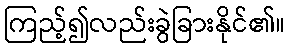
ကြည့်၍လည်းခွဲခြားနိုင်၏။